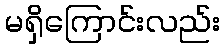
မရှိကြောင်းလည်း